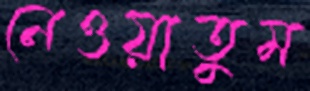
নেওয়াতুম